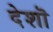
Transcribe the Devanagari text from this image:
देशॊ